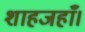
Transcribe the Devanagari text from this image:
शाहजहाँ।